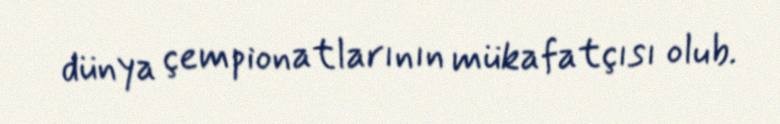
dünya çempionatlarının mükafatçısı olub.